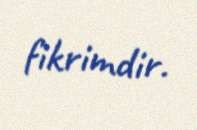
fikrimdir.